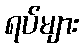
ရပ်များ